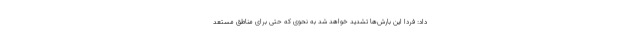
داد: فردا این بارش‌ها تشدید خواهد شد به نحوی که حتی برای مناطق مستعد